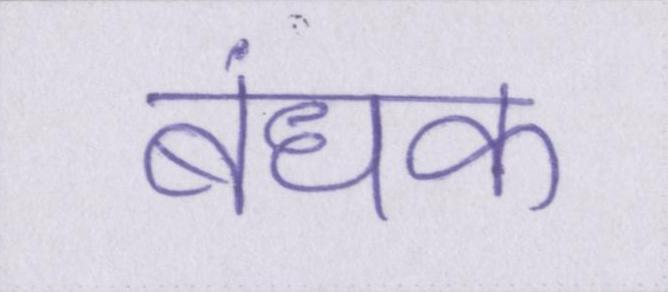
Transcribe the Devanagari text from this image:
बंधक